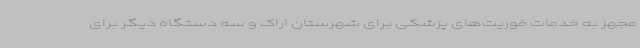
مجهز به خدمات فوریت‌های پزشکی برای شهرستان اراک و سه دستگاه دیگر برای